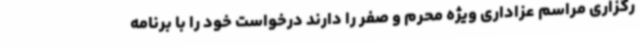
رگزاری مراسم عزاداری ویژه محرم و صفر را دارند درخواست خود را با برنامه